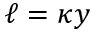
\ell = \kappa y